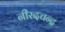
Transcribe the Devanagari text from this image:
नीरदचन्द्र